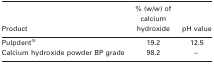
<table><thead><tr><td><b>Product</b></td><td><b>% (w/w) of calcium hydroxide</b></td><td><b>pH value</b></td></tr></thead><tbody><tr><td>Pulpdent®</td><td>19.2</td><td>12.5</td></tr><tr><td>Calcium hydroxide powder BP grade</td><td>98.2</td><td>–</td></tr></tbody></table>